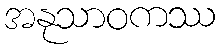
အနုသာဝကဿ